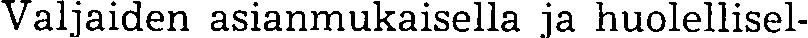
Valjaiden asianmukaisella ja huolellisel-